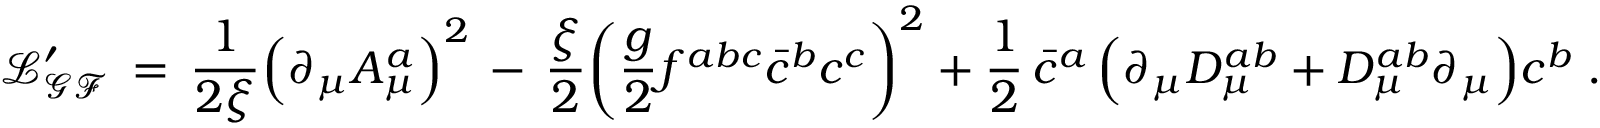
\mathcal { L _ { G F } ^ { \prime } } \, = \, \frac { 1 } { 2 \xi } \Big ( \partial _ { \mu } A _ { \mu } ^ { a } \Big ) ^ { 2 } \, - \, \frac { \xi } { 2 } \bigg ( \frac { g } { 2 } f ^ { a b c } \bar { c } ^ { b } c ^ { c } \bigg ) ^ { 2 } + \frac { 1 } { 2 } \, \bar { c } ^ { a } \, \Big ( \partial _ { \mu } D _ { \mu } ^ { a b } + D _ { \mu } ^ { a b } \partial _ { \mu } \Big ) c ^ { b } \; .